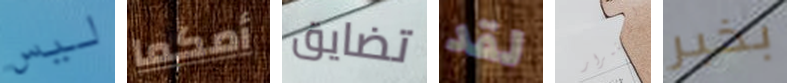
ليس أمكما تضايق لقد للاستمرار بخير